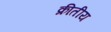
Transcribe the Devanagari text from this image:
क्रीतीय